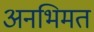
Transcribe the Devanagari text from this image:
अनभिमत